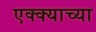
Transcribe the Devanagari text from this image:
एक्क्याच्या